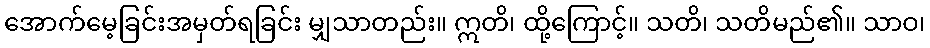
အောက်မေ့ခြင်းအမှတ်ရခြင်း မျှသာတည်း။ ဣတိ၊ ထို့ကြောင့်။ သတိ၊ သတိမည်၏။ သာဝ၊